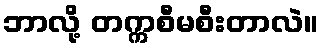
ဘာလို့ တက္ကစီမစီးတာလဲ။